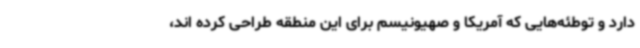
دارد و توطئه‌هایی که آمریکا و صهیونیسم برای این منطقه طراحی کرده اند،